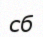
сб